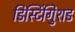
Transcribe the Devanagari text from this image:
डिस्टिंगुिशड